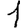
Digit: 1